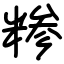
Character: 糁